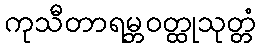
ကုသီတာရမ္ဘဝတ္ထုသုတ္တံ